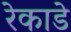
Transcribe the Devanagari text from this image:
रेकाडे